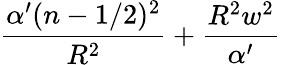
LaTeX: \frac{\alpha^{\prime}(n-1/2)^{2}}{R^{2}}+\frac{R^{2}w^{2}}{\alpha^{\prime}}